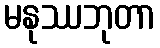
မနုဿဘုတာ